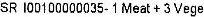
SR I00100000035- 1 MEAT + 3 VEGE